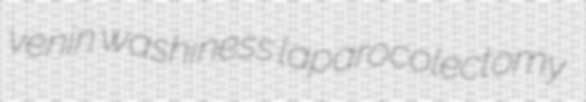
venin washiness laparocolectomy